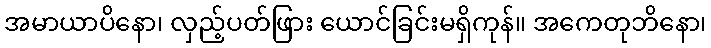
အမာယာပိနော၊ လှည့်ပတ်ဖြား ယောင်ခြင်းမရှိကုန်။ အကေတုဘိနော၊